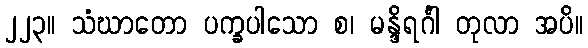
၂၂၃။ သံဃာတော ပက္ခပါသော စ၊ မန္ဒိရင်္ဂါ တုလာ အပိ။